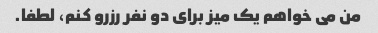
من می خواهم یک میز برای دو نفر رزرو کنم، لطفا.